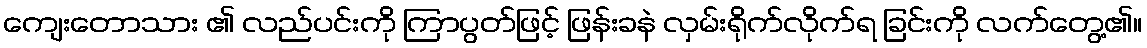
ကျေးတောသား ၏ လည်ပင်းကို ကြာပွတ်ဖြင့် ဖြန်းခနဲ လှမ်းရိုက်လိုက်ရ ခြင်းကို လက်တွေ့၏။